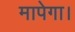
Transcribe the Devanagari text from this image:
मापेगा।